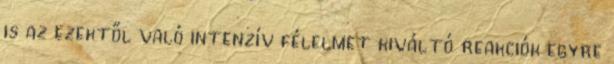
is az ezektől való intenzív félelmet kiváltó reakciók egyre